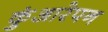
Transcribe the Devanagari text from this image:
कुंआरेपन